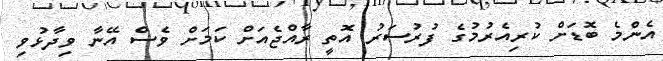
އެންމެ ބޮޑަށް ކުރިއެރުމުގެ ފުރުސަރު އޮތީ ރާއްޖެއަށް ކަމަށް ވެސް އޭނާ ވިދާޅުވި